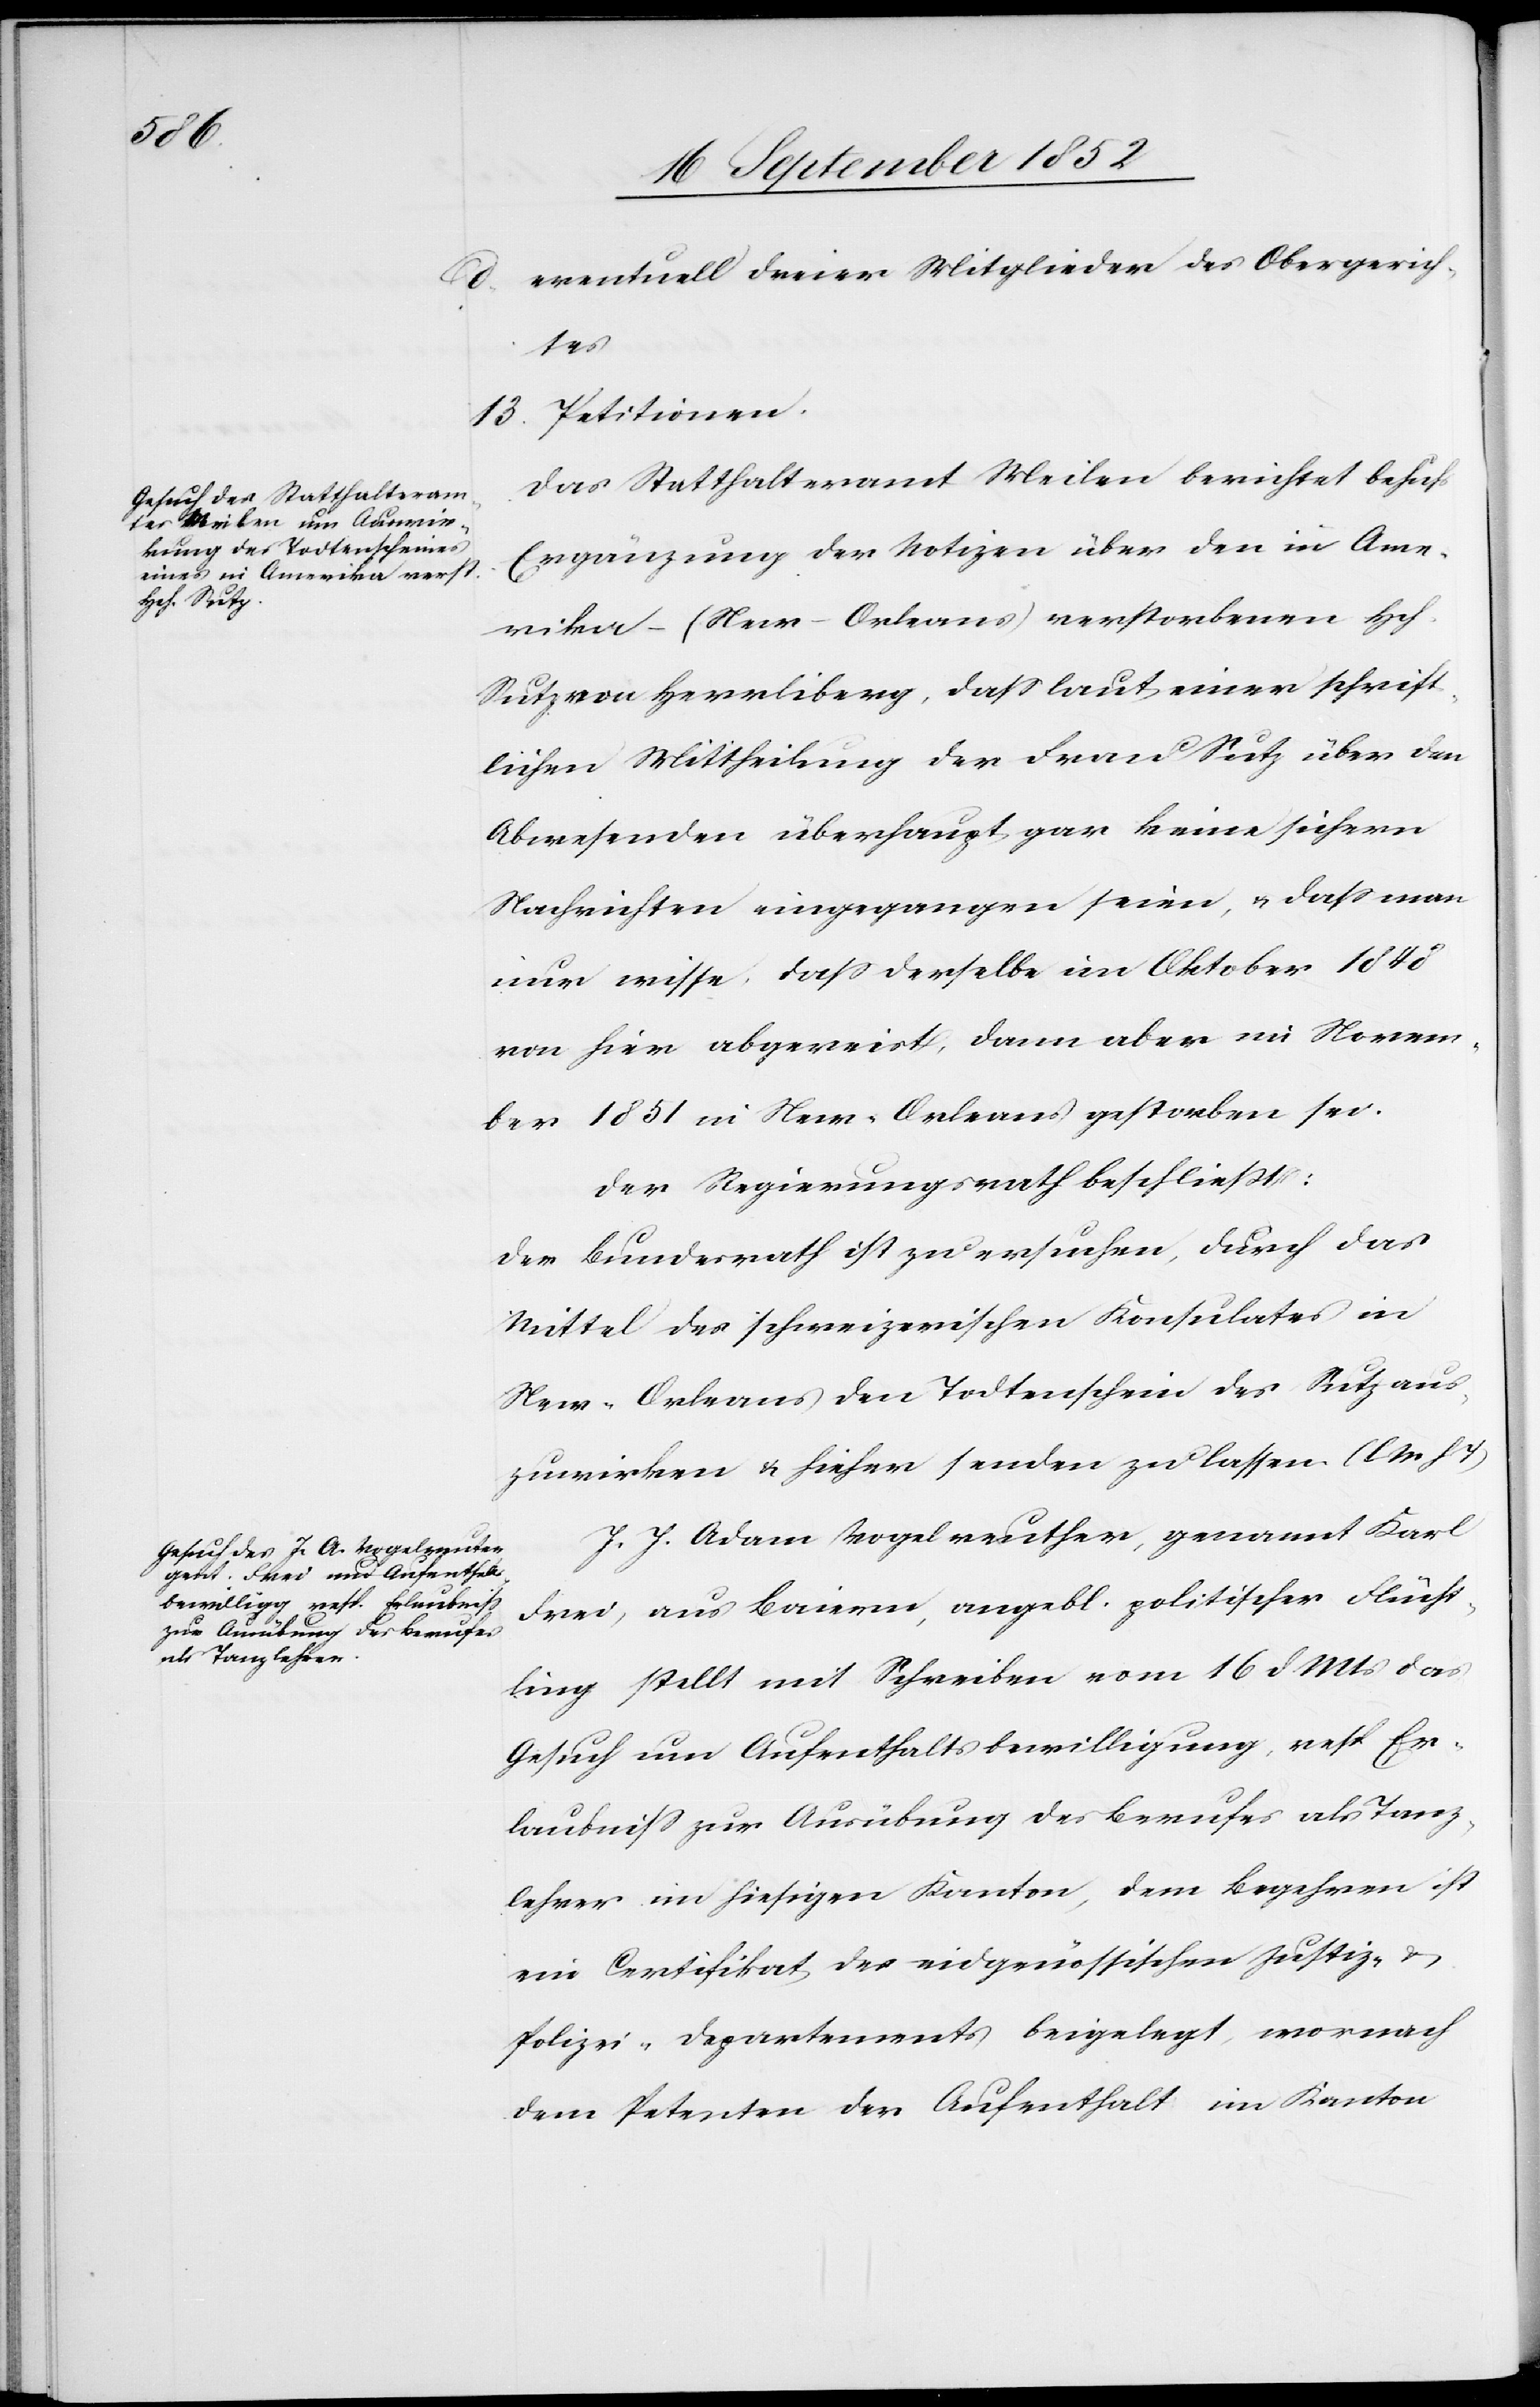
d, eventuell dreier Mitglieder des Obergerich¬
tes
Petitionen.
Das Statthalteramt Meilen berichtet behufs
Ergänzung der Notizen über den in Ame¬
rika – (New-Orleans) verstorbenen Hch.
Sutz von Herrliberg, dass laut einer schrift¬
lichen Mittheilung der Frau Sutz über den
Abwesenden überhaupt gar keine sichern
Nachrichten eingegangen seien, & dass man
nur wisse, dass derselbe im Oktober 1848
von hier abgereist, dann aber im Novem¬
ber 1851 in New-Orleans gestorben sei.
Der Regierungsrath beschließt:
Der Bundesrath ist zu ersuchen, durch das
Mittel des schweizerischen Konsulates in
New-Orleans den Todtenschein des Sutz aus¬
zuwirken & hieher senden zu lassen. (l M h T)
J. J. Adam Vogelreuther [sic!], genannt Karl
Frei, aus Baiern, angebl. politischer Flücht¬
ling stellt mit Schreiben vom 16 d. Mts das
Gesuch um Aufenthaltsbewilligung, resp. Er¬
laubniss zur Ausübung des Berufes als Tanz¬
lehrer im hiesigen Kanton, dem Begehren ist
ein Certifikat des eidgenössischen Justiz- &
Polizei-Departements beigelegt, wornach
dem Petenten der Aufenthalt im Kanton